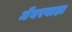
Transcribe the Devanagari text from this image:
मेंबरवाड़ा